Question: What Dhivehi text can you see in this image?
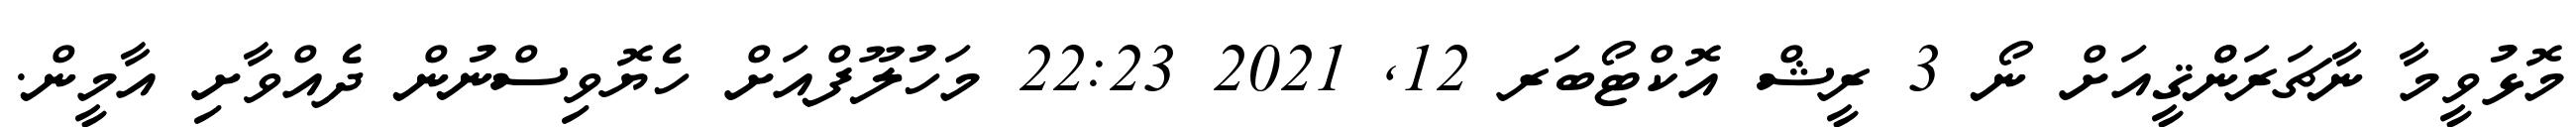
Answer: މޮޅުވީމާ ނާޗަރަންްޤީއަށް ނޯ 3 ރީޝް އޮކްޓޯބަރ 12, 2021 22:23 މަހުލޫފްއަށް ހެޔޮވިސްނުން ދެއްވާށި އާމީން.